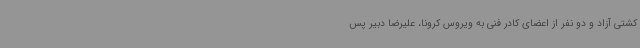
کشتی آزاد و دو نفر از اعضای کادر فنی به ویروس کرونا، علیرضا دبیر پس